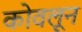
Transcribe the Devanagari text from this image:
कोवलून